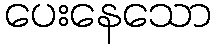
ပေးနေသော